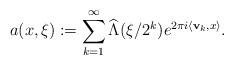
LaTeX: \begin{align*}a(x,\xi):=\sum_{k=1}^{\infty}{\widehat{{\Lambda}}({\xi}/{2^k})e^{2\pi i\langle \mathbf{v}_k, x \rangle}}.\end{align*}